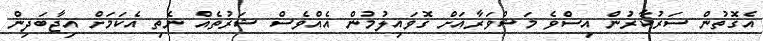
އެގޮތުން ސަރުކާރުން އިސްވެ މަޝްވަރާއަށް ގޮވައިލުމުން އެއްވެސް ޝަރުތެެއް ނެތި އެކަމަށް އިޖާބަދިން